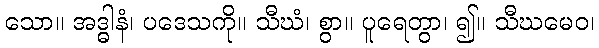
သော။ အဒ္ဓါနံ၊ ပဒေသကို။ သီဃံ၊ စွာ။ ပူရေတွာ၊ ၍။ သီဃမေဝ၊